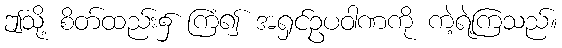
ဤသို့ စိတ်ထည်း၌ ကြံ၍ အရှင်ဥပဝါဏကို ကဲ့ရဲ့ကြသည်။